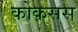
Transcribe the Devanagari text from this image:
कोकसस